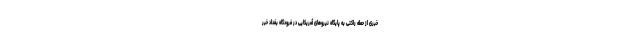
خبری از حمله راکتی به پایگاه نیروهای آمریکایی در فرودگاه بغداد خبر